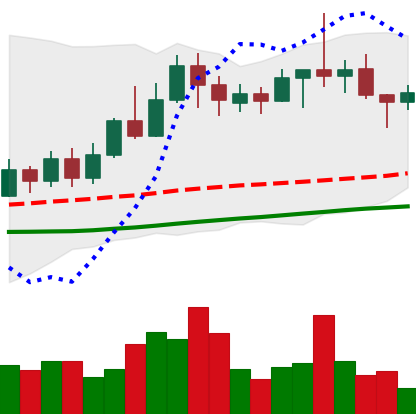
Ticker: TRX-USD
Chart end date: 2022-06-05
Forward return: -3.048%
Label: down_3_5